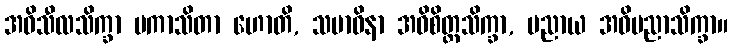
အဓိသီလသိက္ခာ ပကာသိတာ ဟောတိ, သမာဓိနာ အဓိစိတ္တသိက္ခာ, ပညာယ အဓိပညာသိက္ခာ။